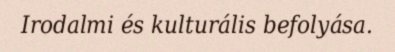
Irodalmi és kulturális befolyása.